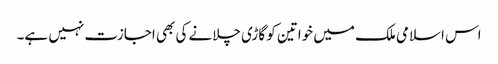
اس اسلامی ملک میں خواتین کو گاڑی چلانے کی بھی اجازت نہیں ہے۔